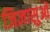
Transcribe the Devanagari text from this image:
जिज्ञासुओं